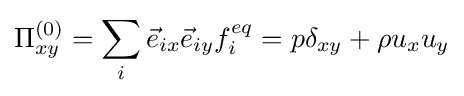
\Pi _{xy}^{(0)}=\sum _{i}{\vec {e}}_{ix}{\vec {e}}_{iy}f_{i}^{eq}=p\delta _{xy}+\rho u_{x}u_{y}